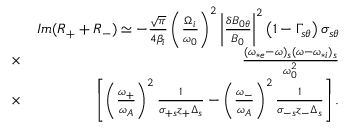
\begin{array} { r l r } & { } & { I m ( R _ { + } + R _ { - } ) \simeq - \frac { \sqrt { \pi } } { 4 \beta _ { i } } \left( \frac { \Omega _ { i } } { \omega _ { 0 } } \right) ^ { 2 } \left| \frac { \delta B _ { 0 \theta } } { B _ { 0 } } \right| ^ { 2 } \left( 1 - \Gamma _ { s \theta } \right) \sigma _ { s \theta } } \\ & { \times } & { \frac { ( \omega _ { * e } - \omega ) _ { s } ( \omega - \omega _ { * i } ) _ { s } } { \omega _ { 0 } ^ { 2 } } } \\ & { \times } & { \left[ \left( \frac { \omega _ { + } } { \omega _ { A } } \right) ^ { 2 } \frac { 1 } { \sigma _ { + s } z _ { + } \Delta _ { s } } - \left( \frac { \omega _ { - } } { \omega _ { A } } \right) ^ { 2 } \frac { 1 } { \sigma _ { - s } z _ { - } \Delta _ { s } } \right] . } \end{array}